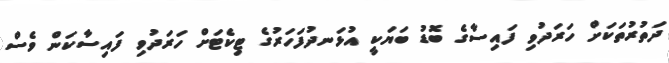
ދަތުރުތަކަށް ހަރަދުވި ފައިސާގެ ބޮޑު ބަޔަކީ އުޅަނދުފަހަރުގެ ޓިކެޓަށް ހަރަދުވި ފައިސާކަން ވެސް